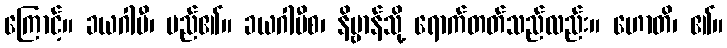
ကြောင့်။ ခယဂါမီ၊ မည်၏။ ခယဂါမီစ၊ နိဗ္ဗာန်သို့ ရောက်တတ်သည်လည်း။ ဟောတိ၊ ၏။